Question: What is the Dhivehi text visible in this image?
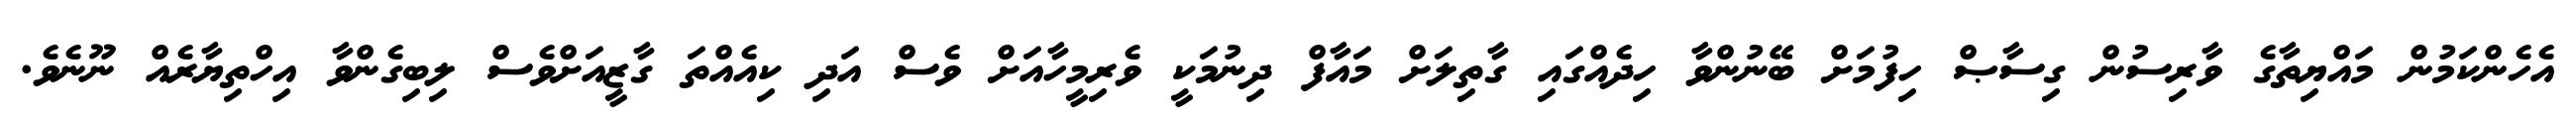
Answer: އެހެންކަމުން މައްޔިތާގެ ވާރިސުން ގިސާޞް ހިފުމަށް ބޭނުންވާ ހިދެއްގައި ގާތިލަށް މައާފް ދިނުމަކީ ވެރިމީހާއަށް ވެސް އަދި ކިއެއްތަ ގާޒީއަށްވެސް ލިބިގެންވާ އިހްތިޔާރެއް ނޫނެވެ.